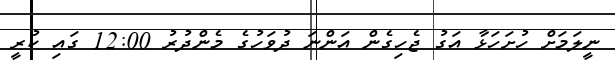
ނީލަމަށް ހުށަހަޅާ އަގު ޖެހިގެން އަންނަ ދުވަހުގެ މެންދުރު 12:00 ގައި ކުރީ